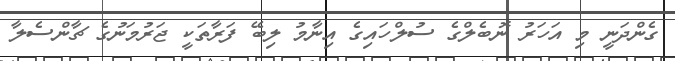
ގެންދަނީ މި އަހަރު ނޮބެލްގެ ސުލްހައިގެ އިނާމު ލިބޭ ފަރާތަކީ ޖަރުމަނުގެ ޗާންސެލާ